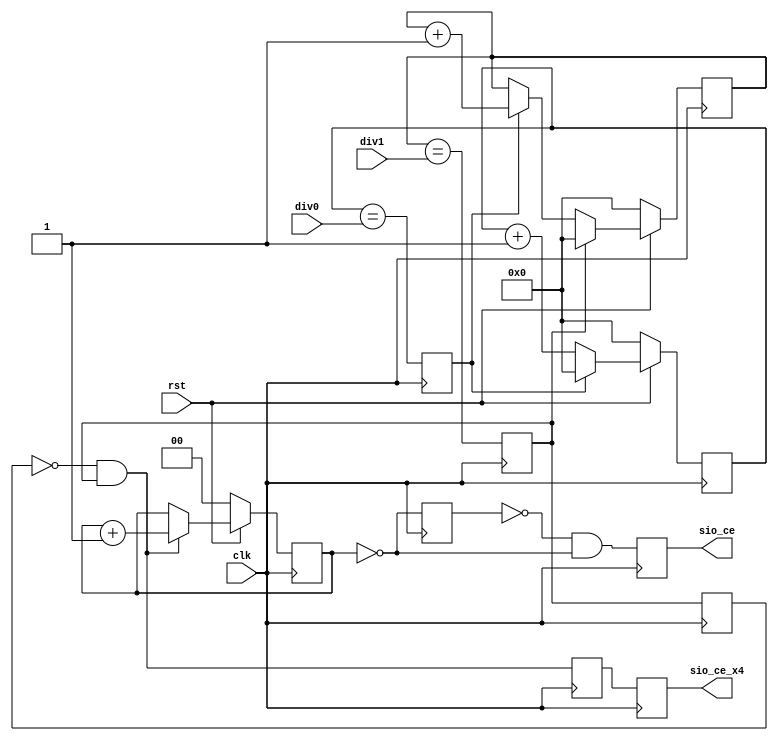
/////////////////////////////////////////////////////////////////////
////                                                             ////
////  Simple Baud Rate Generator                                 ////
////                                                             ////
////                                                             ////
////          rudi@asics.ws                                      ////
////                                                             ////
////                                                             ////
////  Downloaded from: http://www.opencores.org/cores/sasc/      ////
////                                                             ////
/////////////////////////////////////////////////////////////////////
////                                                             ////
//// Copyright (C) 2000-2002 Rudolf Usselmann                    ////
////                         www.asics.ws                        ////
////                         rudi@asics.ws                       ////
////                                                             ////
//// This source file may be used and distributed without        ////
//// restriction provided that this copyright statement is not   ////
//// removed from the file and that any derivative work contains ////
//// the original copyright notice and the associated disclaimer.////
////                                                             ////
////     THIS SOFTWARE IS PROVIDED ``AS IS'' AND WITHOUT ANY     ////
//// EXPRESS OR IMPLIED WARRANTIES, INCLUDING, BUT NOT LIMITED   ////
//// TO, THE IMPLIED WARRANTIES OF MERCHANTABILITY AND FITNESS   ////
//// FOR A PARTICULAR PURPOSE. IN NO EVENT SHALL THE AUTHOR      ////
//// OR CONTRIBUTORS BE LIABLE FOR ANY DIRECT, INDIRECT,         ////
//// INCIDENTAL, SPECIAL, EXEMPLARY, OR CONSEQUENTIAL DAMAGES    ////
//// (INCLUDING, BUT NOT LIMITED TO, PROCUREMENT OF SUBSTITUTE   ////
//// GOODS OR SERVICES; LOSS OF USE, DATA, OR PROFITS; OR        ////
//// BUSINESS INTERRUPTION) HOWEVER CAUSED AND ON ANY THEORY OF  ////
//// LIABILITY, WHETHER IN  CONTRACT, STRICT LIABILITY, OR TORT  ////
//// (INCLUDING NEGLIGENCE OR OTHERWISE) ARISING IN ANY WAY OUT  ////
//// OF THE USE OF THIS SOFTWARE, EVEN IF ADVISED OF THE         ////
//// POSSIBILITY OF SUCH DAMAGE.                                 ////
////                                                             ////
/////////////////////////////////////////////////////////////////////

//  CVS Log
//
//  $Id: sasc_brg.v,v 1.2 2002/11/08 15:22:49 rudi Exp $
//
//  $Date: 2002/11/08 15:22:49 $
//  $Revision: 1.2 $
//  $Author: rudi $
//  $Locker:  $
//  $State: Exp $
//
// Change History:
//               $Log: sasc_brg.v,v $
//               Revision 1.2  2002/11/08 15:22:49  rudi
//
//               Fixed a typo in brg
//
//               Revision 1.1.1.1  2002/09/16 16:16:40  rudi
//               Initial Checkin
//
//
//
//
//
//
//
//


/*
	Baud rate Generator
	==================

	div0 -	is the first stage divider
		Set this to the desired number of cycles less two
	div1 -	is the second stage divider
		Set this to the actual number of cycles

	Remember you have to generate a baud rate that is 4 higher than what
	you really want. This is because of the DPLL in the RX section ...

	Example:
	If your system clock is 50MHz and you want to generate a 9.6 Kbps baud rate:
	9600*4 = 38400KHz
	50MHz/38400KHz=1302 or 6*217
	set div0=4 (6-2) and set div1=217

*/

module sasc_brg(clk, rst, div0, div1, sio_ce, sio_ce_x4);
input		clk;
input		rst;
input	[7:0]	div0, div1;
output		sio_ce, sio_ce_x4;

///////////////////////////////////////////////////////////////////
//
// Local Wires and Registers
//

reg	[7:0]	ps;
reg		ps_clr;
reg	[7:0]	br_cnt;
reg		br_clr;
reg		sio_ce_x4_r;
reg	[1:0]	cnt;
reg		sio_ce, sio_ce_x4;
reg		sio_ce_r ;
reg		sio_ce_x4_t;

///////////////////////////////////////////////////////////////////
//
// Boud Rate Generator
//

// -----------------------------------------------------
// Prescaler
always @(posedge clk)
	if(!rst)	ps <= #1 8'h0;
	else
	if(ps_clr)	ps <= #1 8'h0;
	else		ps <= #1 ps + 8'h1;

always @(posedge clk)
	ps_clr <= #1 (ps == div0);	// Desired number of cycles less 2

// -----------------------------------------------------
// Oversampled Boud Rate (x4)
always @(posedge clk)
	if(!rst)	br_cnt <= #1 8'h0;
	else
	if(br_clr)	br_cnt <= #1 8'h0;
	else
	if(ps_clr)	br_cnt <= #1 br_cnt + 8'h1;

always @(posedge clk)
	br_clr <= #1 (br_cnt == div1); // Prciese number of PS cycles

always @(posedge clk)
	sio_ce_x4_r <= #1 br_clr;

always @(posedge clk)
	sio_ce_x4_t <= #1 !sio_ce_x4_r & br_clr;

always @(posedge clk)
	sio_ce_x4 <= #1 sio_ce_x4_t;

// -----------------------------------------------------
// Actual Boud rate
always @(posedge clk)
	if(!rst)			cnt <= #1 2'h0;
	else
	if(!sio_ce_x4_r & br_clr)	cnt <= #1 cnt + 2'h1;

always @(posedge clk)
	sio_ce_r <= #1 (cnt == 2'h0);

always @(posedge clk)
	sio_ce <= #1 !sio_ce_r & (cnt == 2'h0);

endmodule